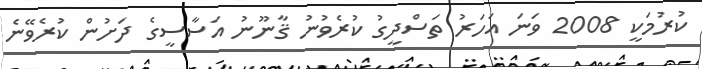
ކުރުމަކީ 2008 ވަނަ އަހަރު ތަސްދީގު ކުރެވުނު ޤާނޫނު އަސާސީގެ ދަށުން ކުރެވޭނެ